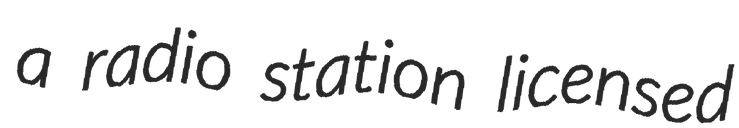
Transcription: a radio station licensed